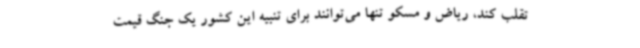
تقلب کند، ریاض و مسکو تنها می‌توانند برای تنبیه این کشور یک جنگ قیمت